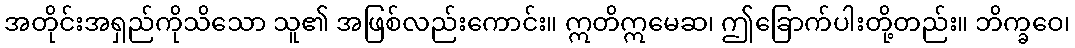
အတိုင်းအရှည်ကိုသိသော သူ၏ အဖြစ်လည်းကောင်း။ ဣတိဣမေဆ၊ ဤခြောက်ပါးတို့တည်း။ ဘိက္ခဝေ၊